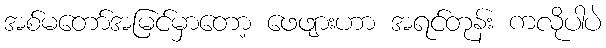
အစ်မတော်အမြင်မှာတော့ ဖေဖျားဟာ အရင်တုန်း ကလိုပါပဲ